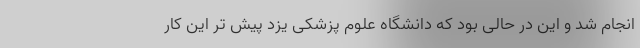
انجام شد و این در حالی بود که دانشگاه علوم پزشکی یزد پیش تر این کار